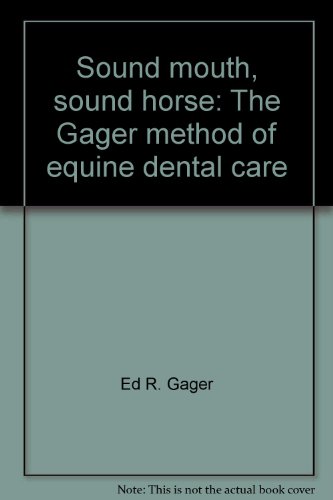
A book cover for Sound mouth, sound horse: The Gager method of equine dental care; Ed R. Gager; Medical Books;